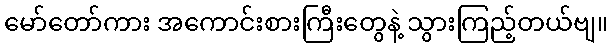
မော်တော်ကား အကောင်းစားကြီးတွေနဲ့ သွားကြည့်တယ်ဗျ။